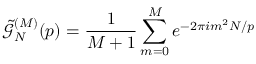
\tilde { \mathcal { G } } _ { N } ^ { ( M ) } ( p ) = \frac { 1 } { M + 1 } \sum _ { m = 0 } ^ { M } e ^ { - 2 \pi i m ^ { 2 } N / p }